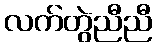
လက်တွဲညီညီ